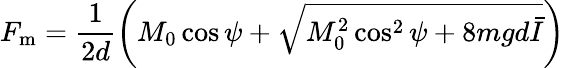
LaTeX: F_{\mathrm{m}}=\frac{1}{2d}\left(M_{0}\cos\psi+\sqrt{M_{0}^{2}\cos^{2}\psi+8mgd\bar{I}}\right)